NAE_Eesti_seltside_protokollid_1900-1917, lk 79
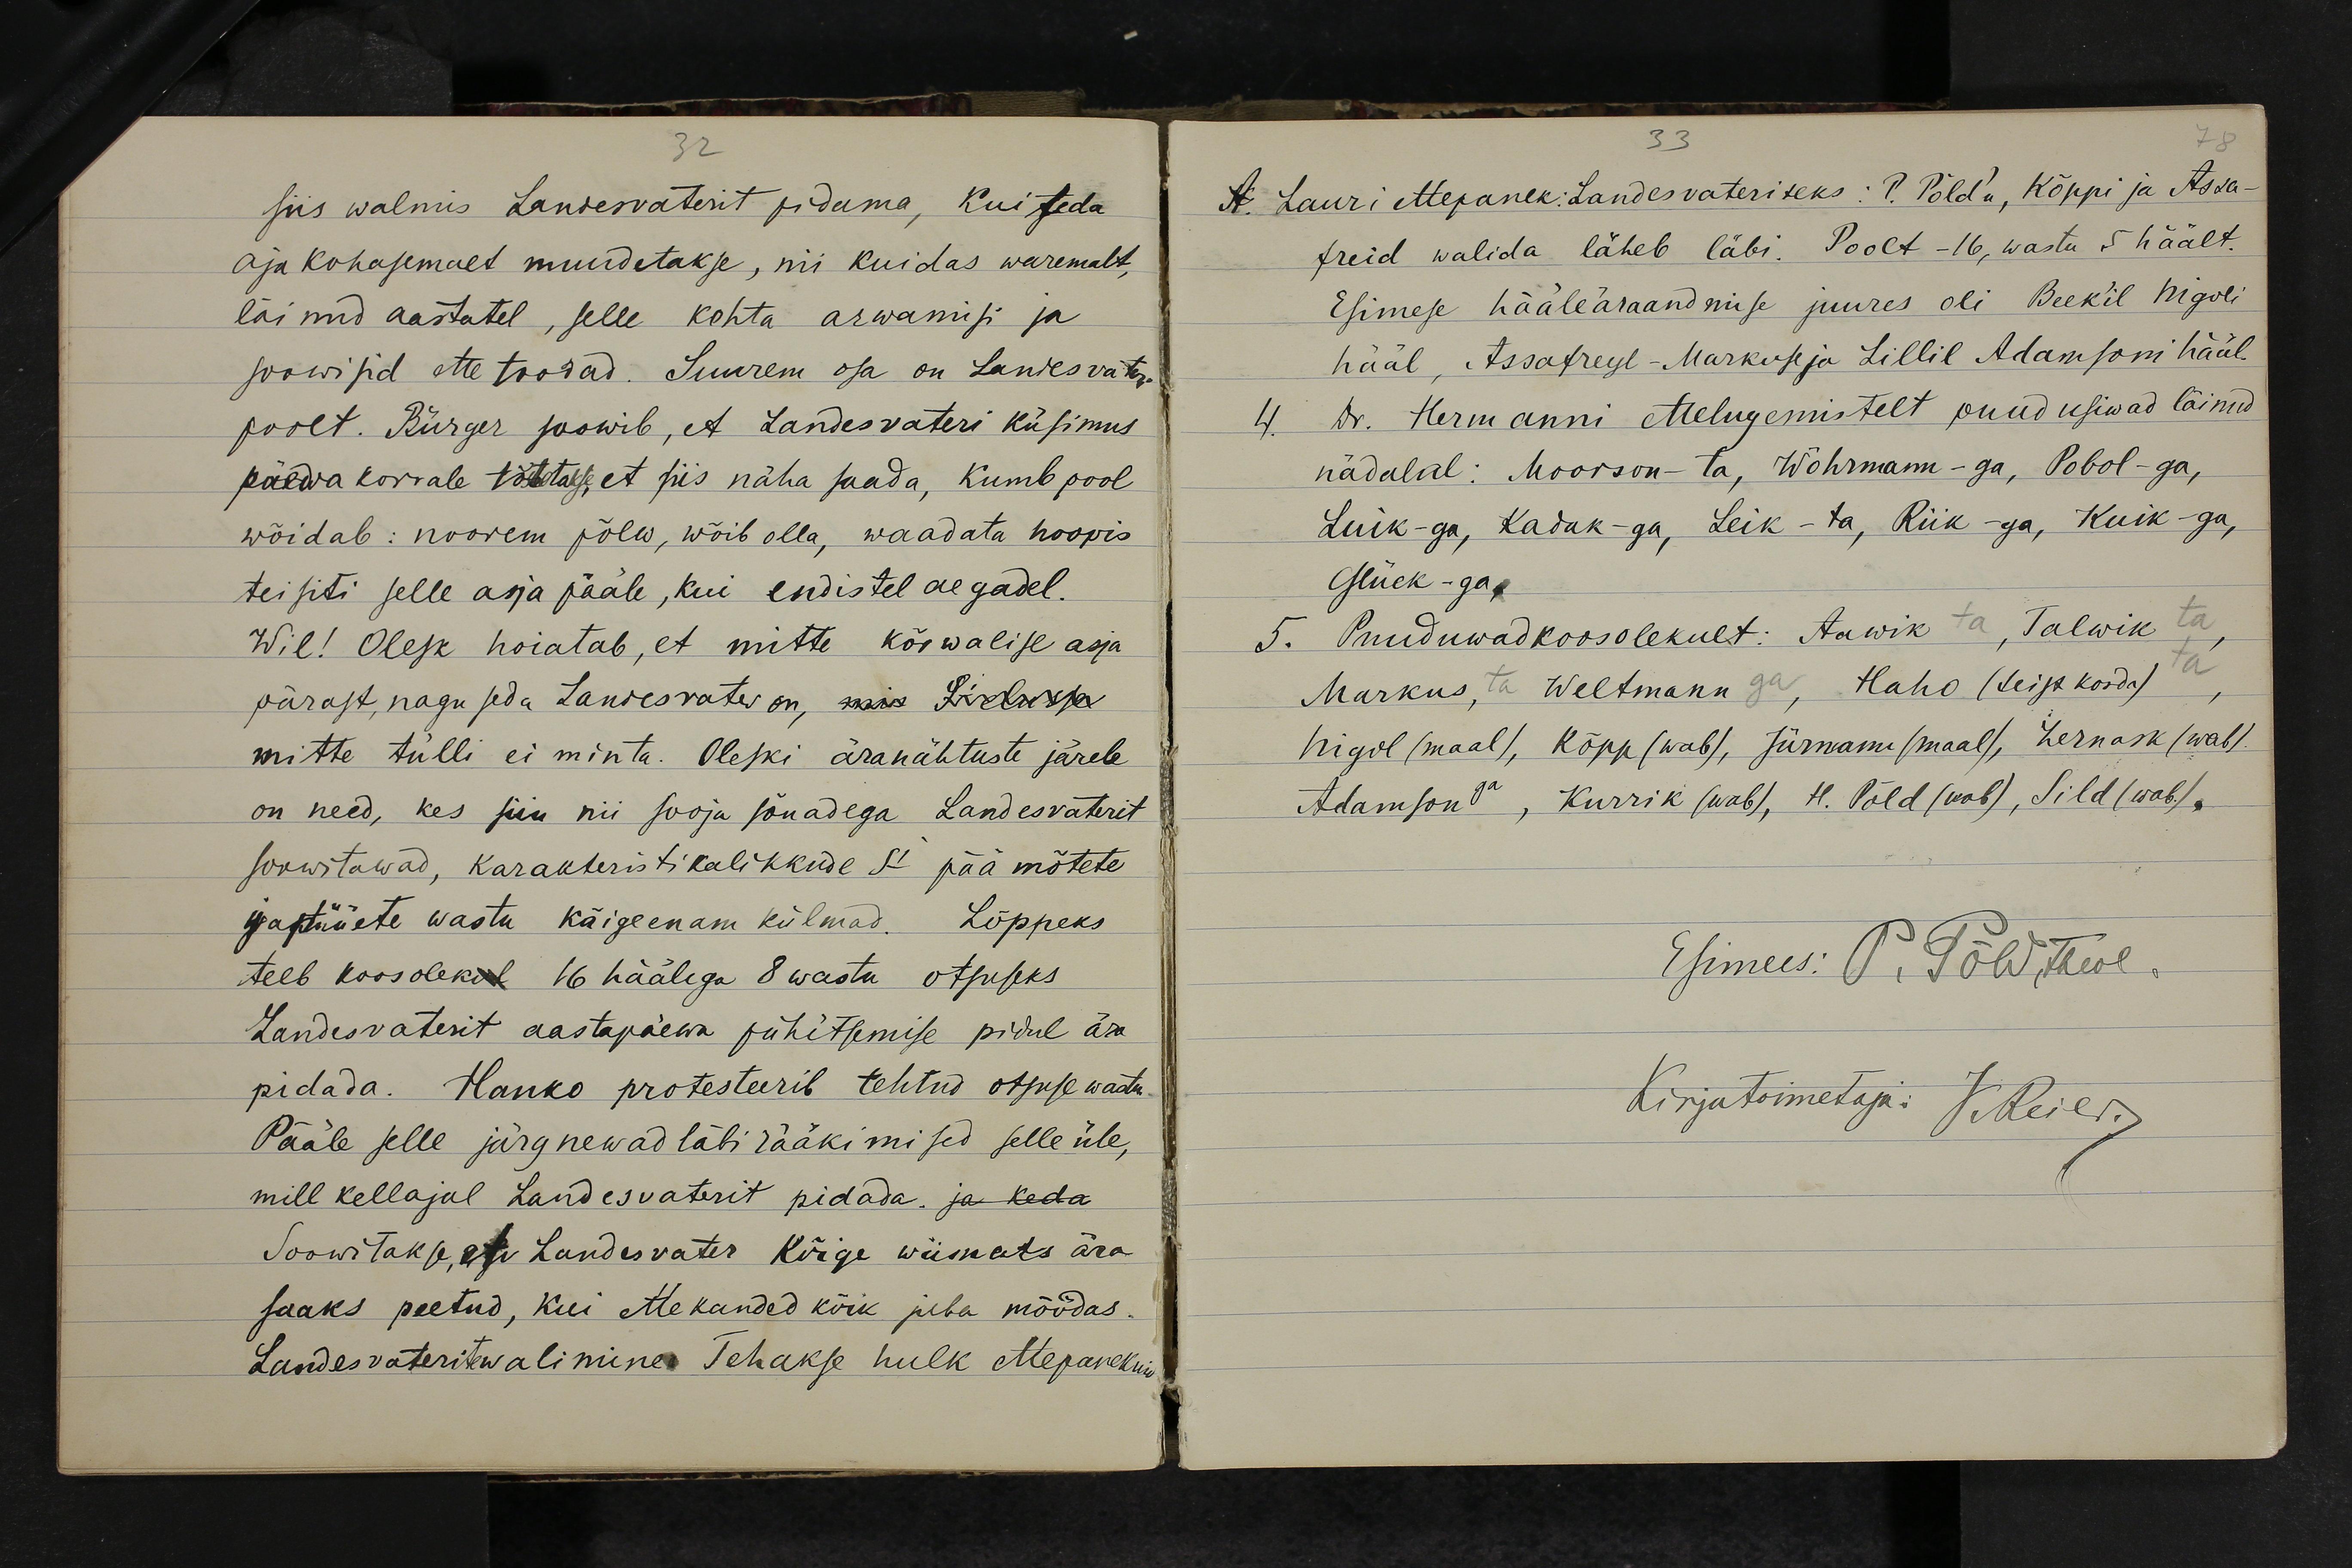
siis walmis Landervaterit pidama, kui teda
aja kohasemalt muudetakse, nii kuidas waremalt,
läinud aastatel, selle kohta arwamisi ja
soowisid ette toodud. Suurem osa on Landesvater
poolt. Bürger soowib, et Landesvateri küsimus
päewa korrale tõstetakse, et siis näha saada, kumb pool
wõidab: noorem põlw, wõib olla, waadata hoopis
teisiti selle asja pääle, kui endistel aegadel.
Wil! Olesk hoiatab, et mitte kõrwalise asja
pärast, nagu seda Landesvater on, mis Si lasta
mitte tülli ei minta. Oleski äranähtuste järele
on need, kes siin nii sooja sõnadega Landesvaterit
soowitawad, karakteristikalikkude Si päämõtete
ja püüete wastu kõige enam külmad. Lõppeks
teeb koosolekul 16 häälega 8 wastu otsuseks
Landesvaterit aastapäewa pühitsemise pidul ära
pidada. Hanko protesteerib tehtud otsuse wastu
Pääle selle järgnewad läbirääkimised selle üle,
mill kellajal Landesvaterit pidada. ja keda
Soowitakse, et Landesvater kõige wiimats ära
saaks peetud, kui ettekanded kõik juba möödas.
Landesvaterite walimine: Tehakse hulk ettepanekuid

A. Lauri ettepanek: Landesvateriteks: P. Põldu, Kõppi ja Assa-
freid walida läheb läbi. Poolt -16, wastu 5 häält.
Esimese hääleäraandmise juures oli Beek'il Nigoli
hääl, Assafreyl-Markuse ja Lillil Adamsoni hääl.
dr. Hermanni ettelugemistelt puudusiwad läinud
nädalal: Moorson-ta, Wohrmann - ga, Pobol -ga,